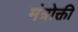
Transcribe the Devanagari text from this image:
मंत्रोक्ती